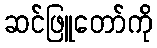
ဆင်ဖြူတော်ကို